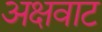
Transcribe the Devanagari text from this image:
अक्षवाट